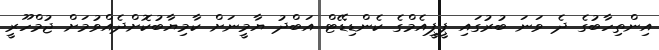
އިންތިހާބުގެ ދެ ވަނަ ބުރުގައި ޕީޕީއެމްގެ ކެންޑިޑޭޓް އަބްދު ޔާމީނަށް ކާމިޔާބުކޮށްދެއްވުމަށް ޖުމްހޫރީ